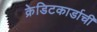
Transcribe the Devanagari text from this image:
क्रेडिटकार्डाची